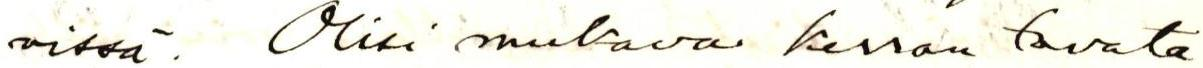
vissä. Olisi mukava kerran tavata